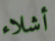
أشلاء